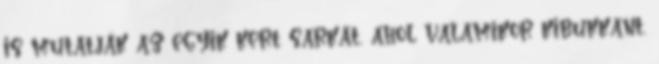
is mutatják az egyik kert sarkát, ahol valamikor kibukkant.